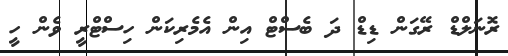
ރޮނަލްޑް ރޭގަން ޑިޑް ދަ ބެސްޓް އިން އެމެރިކަން ހިސްޓްރީ ވެން ހީ